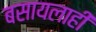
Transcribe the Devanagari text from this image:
बसायलाही